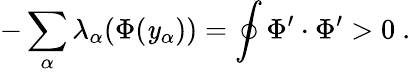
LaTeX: -\sum_{\alpha}\lambda_{\alpha}(\Phi(\mathit{y}_{\alpha}))=\oint\Phi^{\prime}\cdot\Phi^{\prime}>0~.